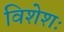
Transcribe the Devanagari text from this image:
विशेशः